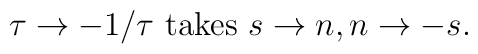
\tau \rightarrow -1/\tau \mbox{ takes } s \rightarrow n , n  \rightarrow -s.